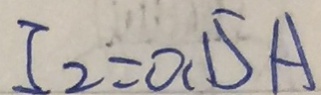
I _ { 2 } = 0 . 1 5 A